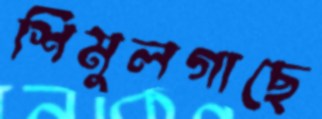
শিমুলগাছে